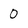
Character: 0